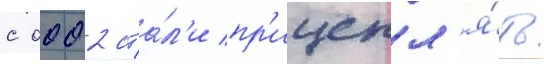
с 0002 ста́л'и пр'ицепл'я́ть